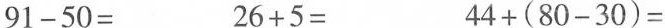
$$9 1 - 5 0 =$$ $$2 6 + 5 =$$ $$4 4 + ( 8 0 -3 0 ) =$$